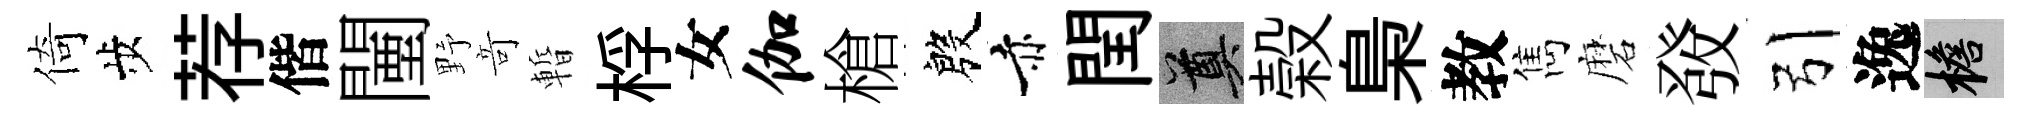
倚歩荐偕闉野竒暫桴女伽槍殷赤閏奠榖梟教雋磨𤼲引逸檐